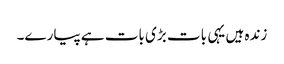
زندہ ہیں یہی بات بڑی بات ہے پیارے۔